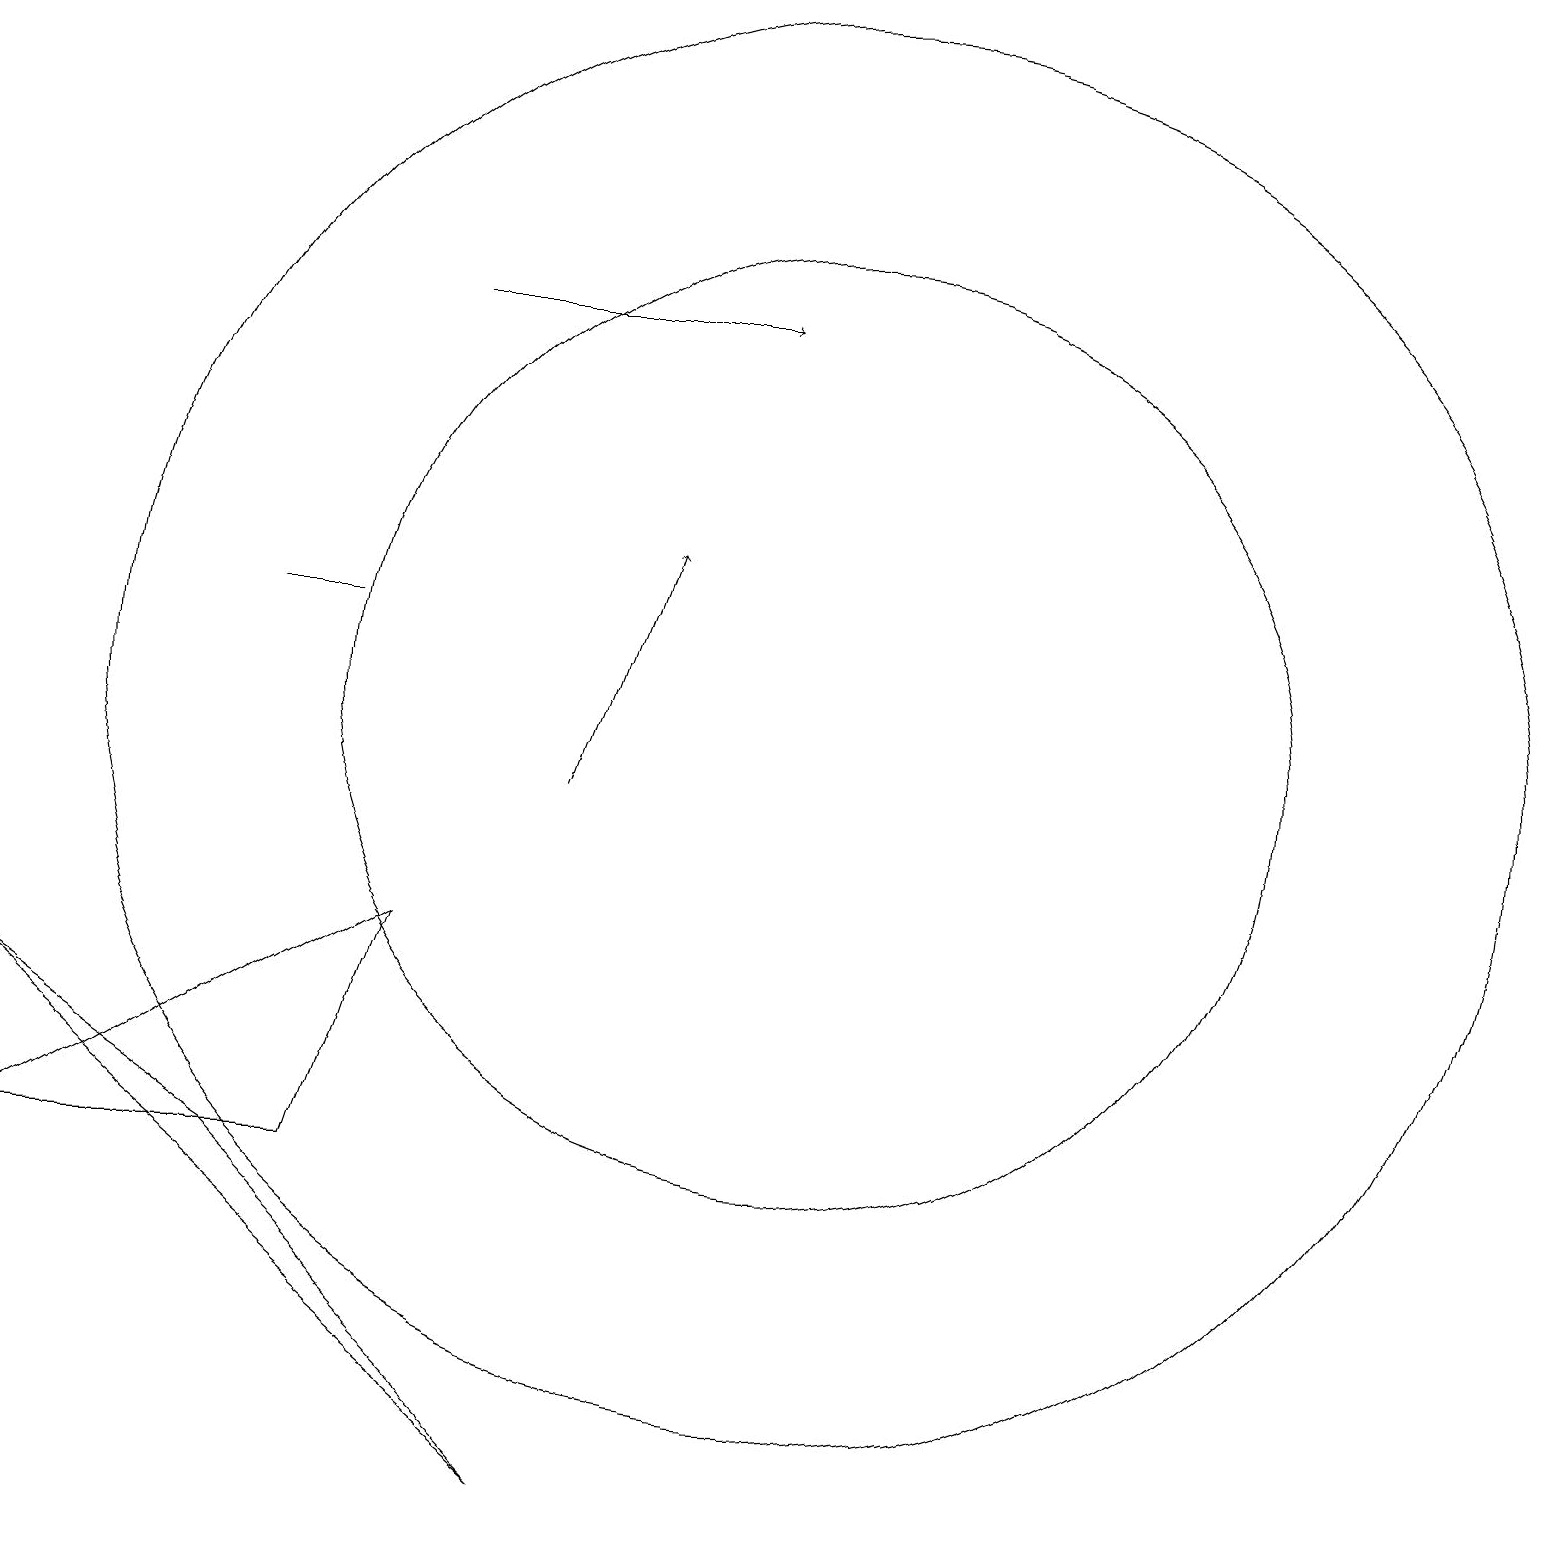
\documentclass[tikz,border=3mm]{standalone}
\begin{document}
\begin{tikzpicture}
\draw[->] (7,10) -- (8,13);
\draw (10,11) circle (6);
\draw (10,11) circle (9);
\draw (7,1) -- (3,5) -- (0,7) -- cycle;
\draw[->] (5,16) -- (9,16);
\draw (3,12) rectangle (4,12);
\draw (4,5) -- (0,5) -- (5,8) -- cycle;
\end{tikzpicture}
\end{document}